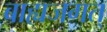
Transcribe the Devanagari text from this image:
बाह्यजगत्‌